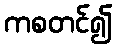
ကစတင်၍